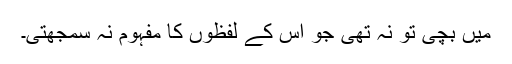
میں بچی تو نہ تھی جو اس کے لفظوں کا مفہوم نہ سمجھتی۔